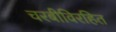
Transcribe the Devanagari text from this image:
चरबीविरहित